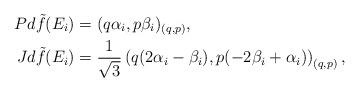
LaTeX: \begin{align*}Pd\tilde{f}({E}_{i})&=(q\alpha_i, p\beta_i)_{(q,p)},\\Jd\tilde{f}({E}_i)&=\frac{1}{\sqrt{3}}\left(q(2\alpha_i-\beta_i), p(-2\beta_i+\alpha_i)\right)_{(q,p)},\end{align*}